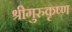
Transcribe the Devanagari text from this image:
श्रीगुरुकृष्ण